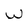
Character: W